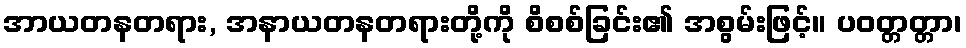
အာယတနတရား, အနာယတနတရားတို့ကို စိစစ်ခြင်း၏ အစွမ်းဖြင့်။ ပဝတ္တတ္တာ၊